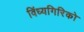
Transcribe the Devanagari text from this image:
विंध्यगिरिको